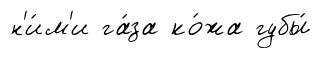
н'и́м'и га́за ко́жа губы́